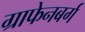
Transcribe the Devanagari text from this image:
ग्राफेनबर्ग